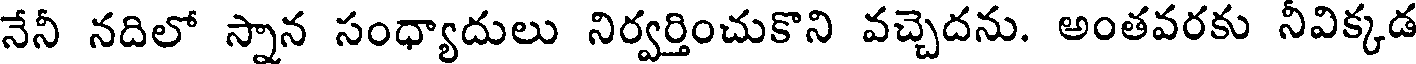
నేనీ నదిలో స్నాన సంధ్యాదులు నిర్వర్తించుకొని వచ్చెదను. అంతవరకు నీవిక్కడ